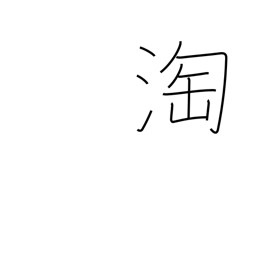
Meaning: select